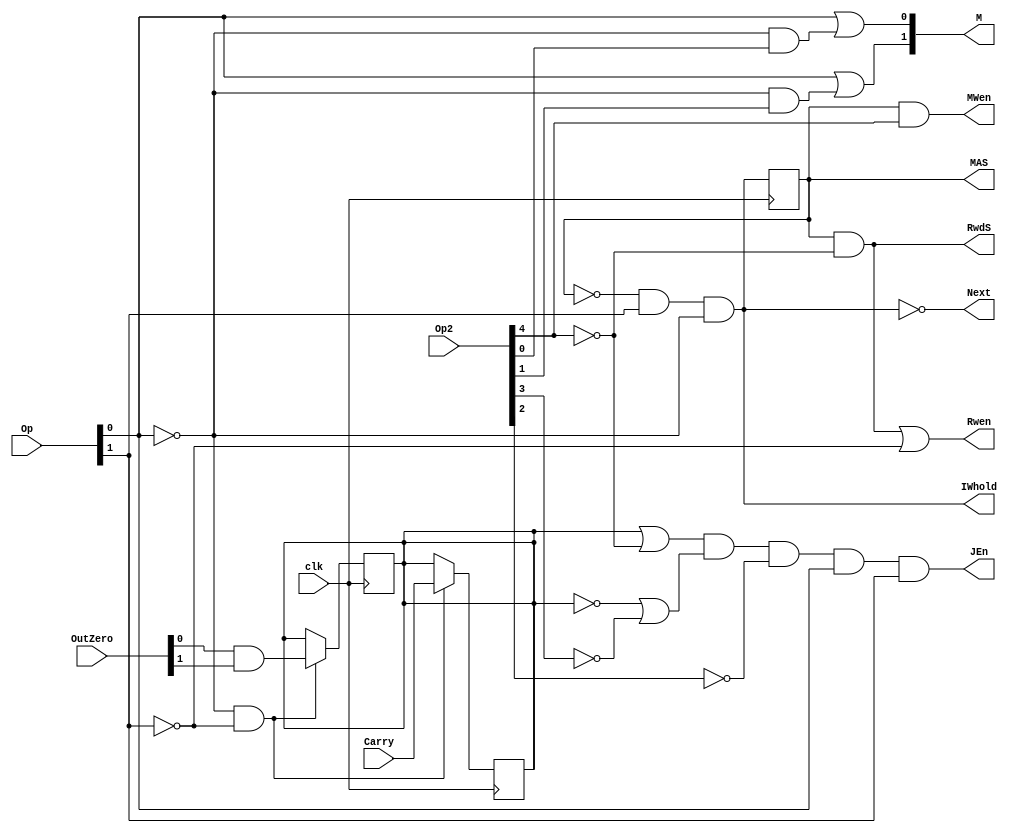
/*
 * [0  0]__________[m  m]    ALU
 * [0  1]_______________     LDI
 * [1  0  0]____________     LD
 * [1  0  1]____________     ST
 * [1  1][k+ k- z+ z-]__     J
 *
 */

module control(
    Op,Op2,     // input
    Next,JEn,   // output for IP
    MWen,MAS,   // output for Mem,
    M,          // output for ALU
    OutZero,Carry, // input from ALU
    Rwen, RwdS, // output for RegBank
    IWhold,     // output for IW
    clk);       // clock

    input [1:0] Op;
    input [4:0] Op2;

    output Next;
    output JEn;

    output MWen;
    output MAS;
    
    output [1:0] M;  // as-
    
    input [1:0] OutZero;
    input Carry;
    
    output Rwen;
    output RwdS;

    output IWhold;

    input clk;

    reg FlagC = 0;
    reg FlagZ = 0;
    reg Phase2 = 0;
    
    always @(posedge clk)
	Phase2 <= IWhold;
    always @(posedge clk)
	if (!Op[0] & !Op[1])
	    FlagC <= Carry;
    always @(posedge clk)
	if (!Op[0] & !Op[1])
	    FlagC <= OutZero[0] & OutZero[1];

    wire jump_cond = (FlagC | !Op2[4]) & (!FlagC | !Op2[3]) & (FlagZ | !Op2[2]) & (!FlagZ | !Op2[1]);

    assign JEn = jump_cond & Op[0] & Op[1];

    assign MAS  = Phase2;
    assign MWen = Phase2 & Op2[4];
    assign RwdS = Phase2 & !Op2[4];
    assign Rwen = RwdS | !Op[1];
    
    assign IWhold = !Phase2 & Op[1] & !Op[0];
    assign Next = !IWhold;

    assign M[0] = (Op[0] & 1) | (!Op[0] & Op2[0]);
    assign M[1] = (Op[0] & 1) | (!Op[0] & Op2[1]);

endmodule